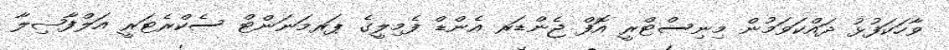
ވާހަކަފުޅު ދައްކަވަމުން މިނިސްޓްރީ އޮފް ޖެންޑަރ އެންޑް ފެމިލީގެ ޕަރމަނަންޓް ސެކްރެޓަރީ އަލްފާޟިލާ